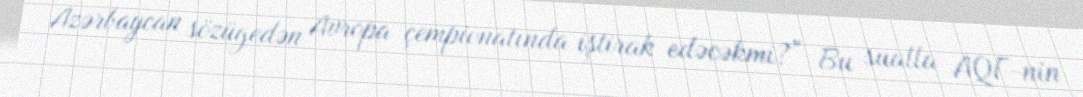
Azərbaycan sözügedən Avropa çempionatında iştirak edəcəkmi?” Bu sualla AQF-nin